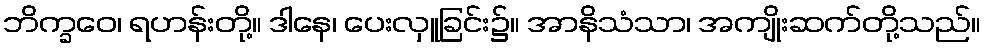
ဘိက္ခဝေ၊ ရဟန်းတို့။ ဒါနေ၊ ပေးလှူခြင်း၌။ အာနိသံသာ၊ အကျိုးဆက်တို့သည်။